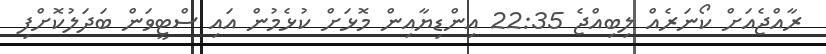
ރާއްޖެއަށް ކޯނަރެއް ލިބިއްޖެ 22:35 އިންޑިޔާއިން މޮޅަށް ކުޅެމުން އައި ސްޓީވަން ބަދަލުކޮށްފި